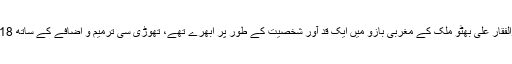
1970ء کے انتخابات میں جس طرح ذوالفقار علی بھٹو ملک کے مغربی بازو میں ایک قد آور شخصیت کے طور پر ابھرے تھے، تھوڑی سی ترمیم و اضافے کے ساتھ 2018ء میں یہی معاملہ عمران خان کا ہے۔